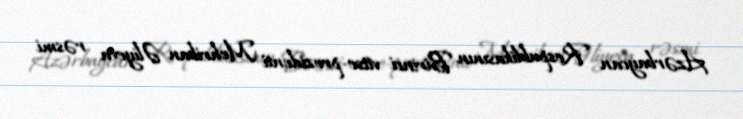
Azərbaycan Respublikasının Birinci vitse-prezidenti Mehriban Əliyeva rəsmi